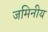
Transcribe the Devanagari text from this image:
जमिनीय